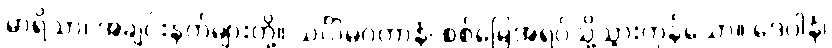
မာရိသာ၊ အချင်းနတ်များတို့။ သင်္ဂါမဂတာနံ၊ စစ်မြေအရပ်သို့သွားကုန်သော။ ဒေဝါနံ၊